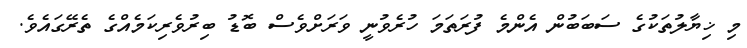
މި ޚިޔާލުތަކުގެ ސަބަބުން އެންމެ ފުރަތަމަ ހުރެވުނީ ވަރަށްވެސް ބޮޑު ބިރުވެރިކަމެއްގެ ތެރޭގައެވެ.